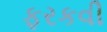
ફરકવી